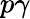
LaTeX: p\gamma